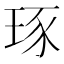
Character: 𤥨